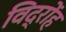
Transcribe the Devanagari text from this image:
विद्रोंह